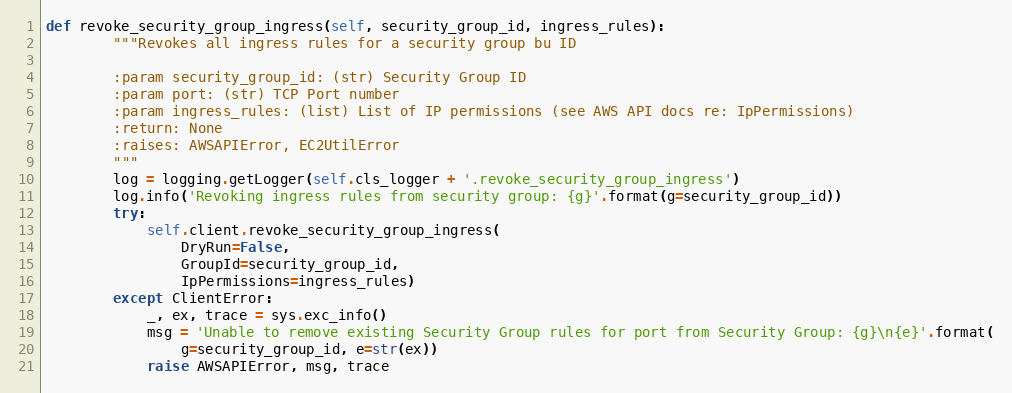
Language: Python
def revoke_security_group_ingress(self, security_group_id, ingress_rules):
        """Revokes all ingress rules for a security group bu ID

        :param security_group_id: (str) Security Group ID
        :param port: (str) TCP Port number
        :param ingress_rules: (list) List of IP permissions (see AWS API docs re: IpPermissions)
        :return: None
        :raises: AWSAPIError, EC2UtilError
        """
        log = logging.getLogger(self.cls_logger + '.revoke_security_group_ingress')
        log.info('Revoking ingress rules from security group: {g}'.format(g=security_group_id))
        try:
            self.client.revoke_security_group_ingress(
                DryRun=False,
                GroupId=security_group_id,
                IpPermissions=ingress_rules)
        except ClientError:
            _, ex, trace = sys.exc_info()
            msg = 'Unable to remove existing Security Group rules for port from Security Group: {g}\n{e}'.format(
                g=security_group_id, e=str(ex))
            raise AWSAPIError, msg, trace